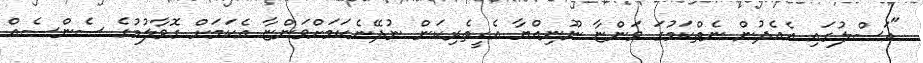
"އަސްލުގައި އެއެދުން ނެތްކަމުގަ ވަންޏާ ނޫނިއްޔާ އެހީތެރިކަން ނުދޭނެކަމަށްވަންޏާ އެކަމަށް ގޮވާލުމުގެ ސެންސެއް